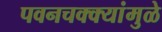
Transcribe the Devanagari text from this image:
पवनचक्‍क्‍यांमुळे